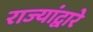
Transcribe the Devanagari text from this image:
राज्यांद्वारे